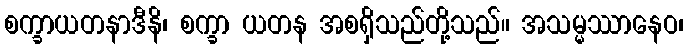
စက္ခာယတနာဒီနိ၊ စက္ခာ ယတန အစရှိသည်တို့သည်။ အသမ္မဿာနေဝ၊